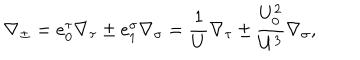
\nabla _ { \pm } = e _ { 0 } ^ { \tau } \nabla _ { \tau } \pm e _ { 1 } ^ { \sigma } \nabla _ { \sigma } = \frac { 1 } { U } \nabla _ { \tau } \pm \frac { U _ { 0 } ^ { 2 } } { U ^ { 3 } } \nabla _ { \sigma } ,